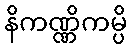
နိကဏ္ဏိကမ္ပိ